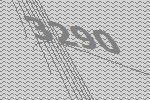
3290